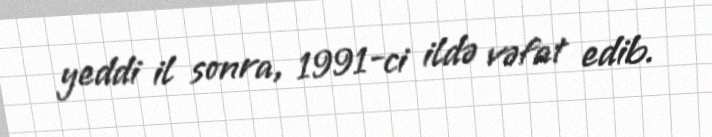
yeddi il sonra, 1991-ci ildə vəfat edib.